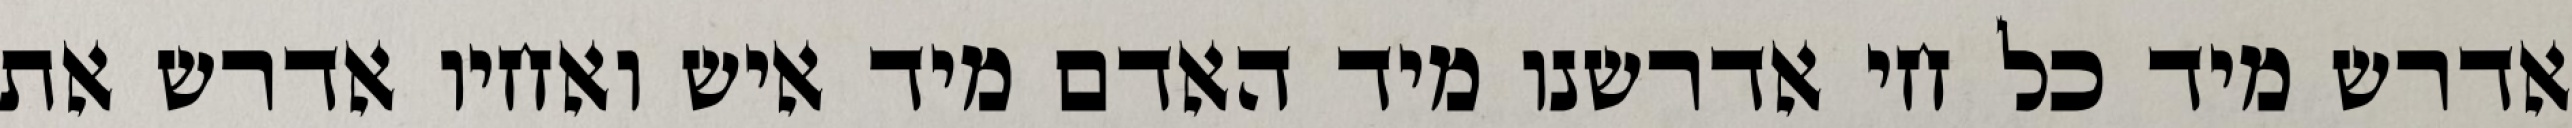
אדרש מיד כל חי אדרשנו מיד האדם מיד איש ואחיו אדרש את